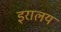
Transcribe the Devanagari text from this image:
इरालय